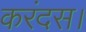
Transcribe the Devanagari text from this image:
करंदस।